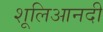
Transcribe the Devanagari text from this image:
शूलिआनदी